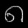
Digit: ၈